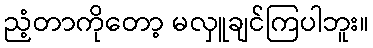
ညံ့တာကိုတော့ မလှူချင်ကြပါဘူး။